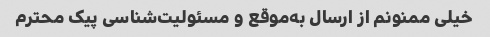
خیلی ممنونم از ارسال به‌موقع و مسئولیت‌شناسی پیک محترم